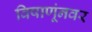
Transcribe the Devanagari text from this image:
विषाणूंनवर